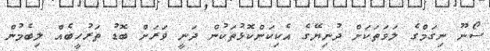
ސޯނޫ ނިގަމްގެ ލަވަތަކަށް ދުނިޔޭގެ އެކިކަންކޮޅުތަކުން ދަނީ ވަރަށް ބޮޑު ތަރުހީބެއް ލިބެމުން